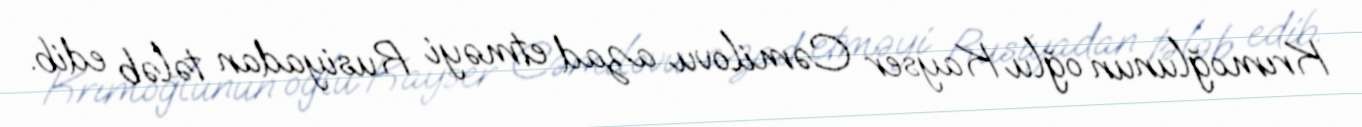
Krımoğlunun oğlu Kayser Cəmilovu azad etməyi Rusiyadan tələb edib.